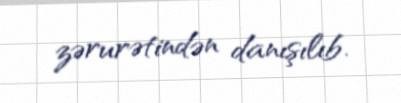
zərurətindən danışılıb.